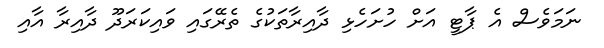
ނަމަވެސް އެ ޕާޓީ އަށް ހުށަހެޅި ދާއިރާތަކުގެ ތެރޭގައި ވައިކަރަދޫ ދާއިރާ އާއި